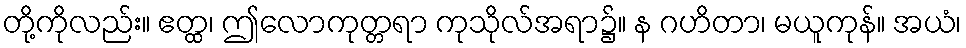
တို့ကိုလည်း။ ဧတ္ထ၊ ဤလောကုတ္တရာ ကုသိုလ်အရာ၌။ န ဂဟိတာ၊ မယူကုန်။ အယံ၊